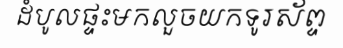
ដំបូលផ្ទះមកលួចយកទូរស័ព្ទ